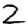
Digit: 2